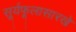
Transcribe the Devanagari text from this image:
सूर्यफूलासारखे